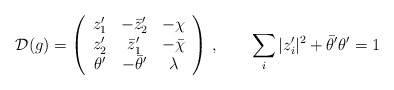
\begin{align*}{\cal D}(g) = \left(\begin{array}{ccc}z_1 ' & - \bar{z}_2 ' & - \chi \\z_2 ' & \bar{z}_1 ' & - \bar{\chi} \\\theta ' & -\bar{\theta}' & \lambda\end{array}\right) \,, \quad \quad \sum_{i} |z_i '|^2 + \bar{\theta} ' \theta ' = 1\end{align*}